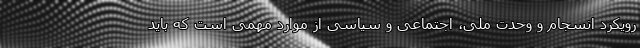
رویکرد انسجام و وحدت ملی، اجتماعی و سیاسی از موارد مهمی است که باید